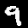
Label: 9